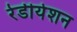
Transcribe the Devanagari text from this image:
रेडीयेशन